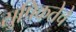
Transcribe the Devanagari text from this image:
सुपिकतेचे